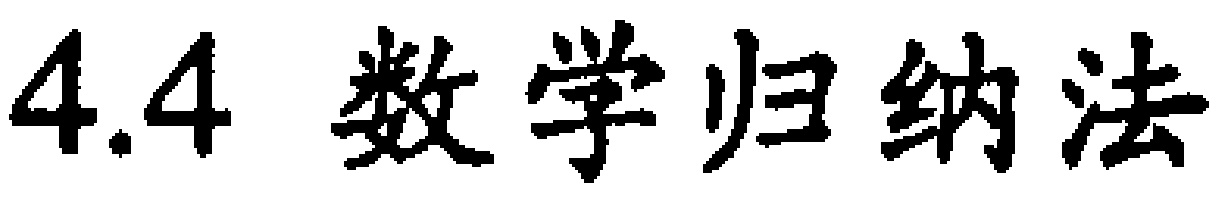
4.4 数学归纳法